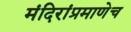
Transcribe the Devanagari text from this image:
मंदिरांप्रमाणेच